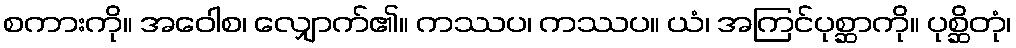
စကားကို။ အဝေါစ၊ လျှောက်၏။ ကဿပ၊ ကဿပ။ ယံ၊ အကြင်ပုစ္ဆာကို။ ပုစ္ဆိတုံ၊